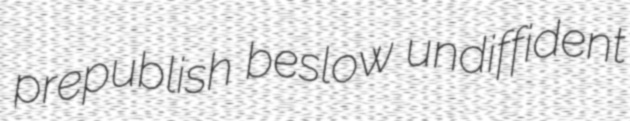
prepublish beslow undiffident